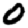
Digit: 0